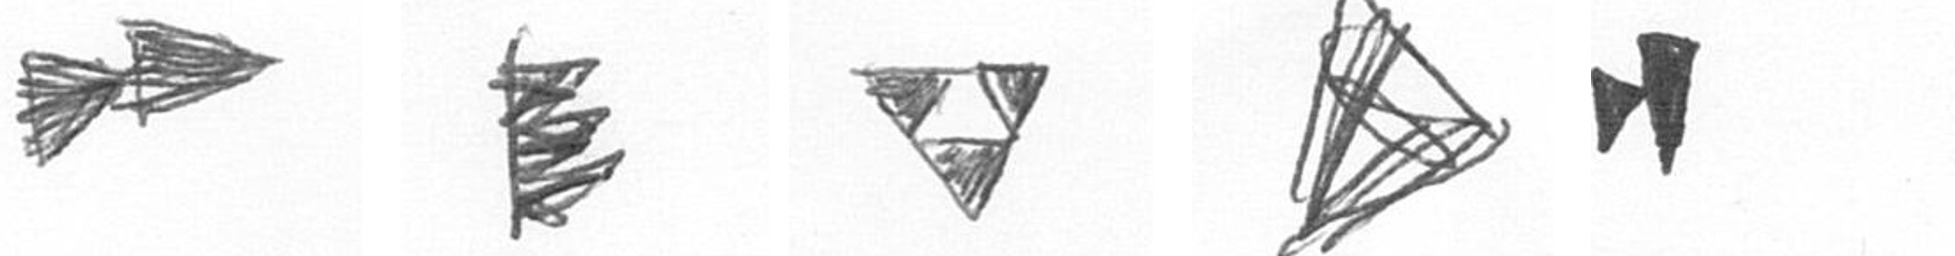
A H S O M